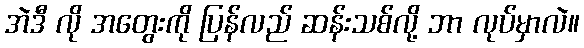
အဲဒီ လို အတွေးကို ပြန်လည် ဆန်းသစ်လို့ ဘာ လုပ်မှာလဲ။